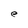
Character: e